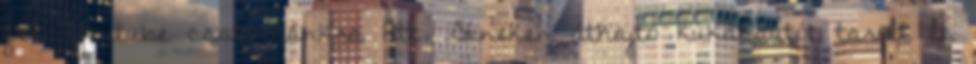
fel Youtube csatornánkra htt. Síneken áthajtó kukásautót tarolt le